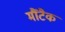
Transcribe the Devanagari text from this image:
मौंटैक